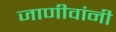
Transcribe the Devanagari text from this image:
जाणीवांनी